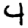
Digit: 4